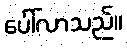
ပေါ်လာသည်။